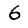
Digit: 6